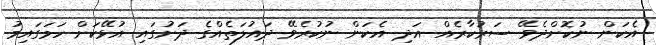
އެކަން ނުކޮށްދެވޭ ސަރުކާރެއް އަދި އެކަން ނުކުރެވޭ ދައުލަތެއްގެ ދަށުގައި އުޅޭކަށް ހަމަގައިމު